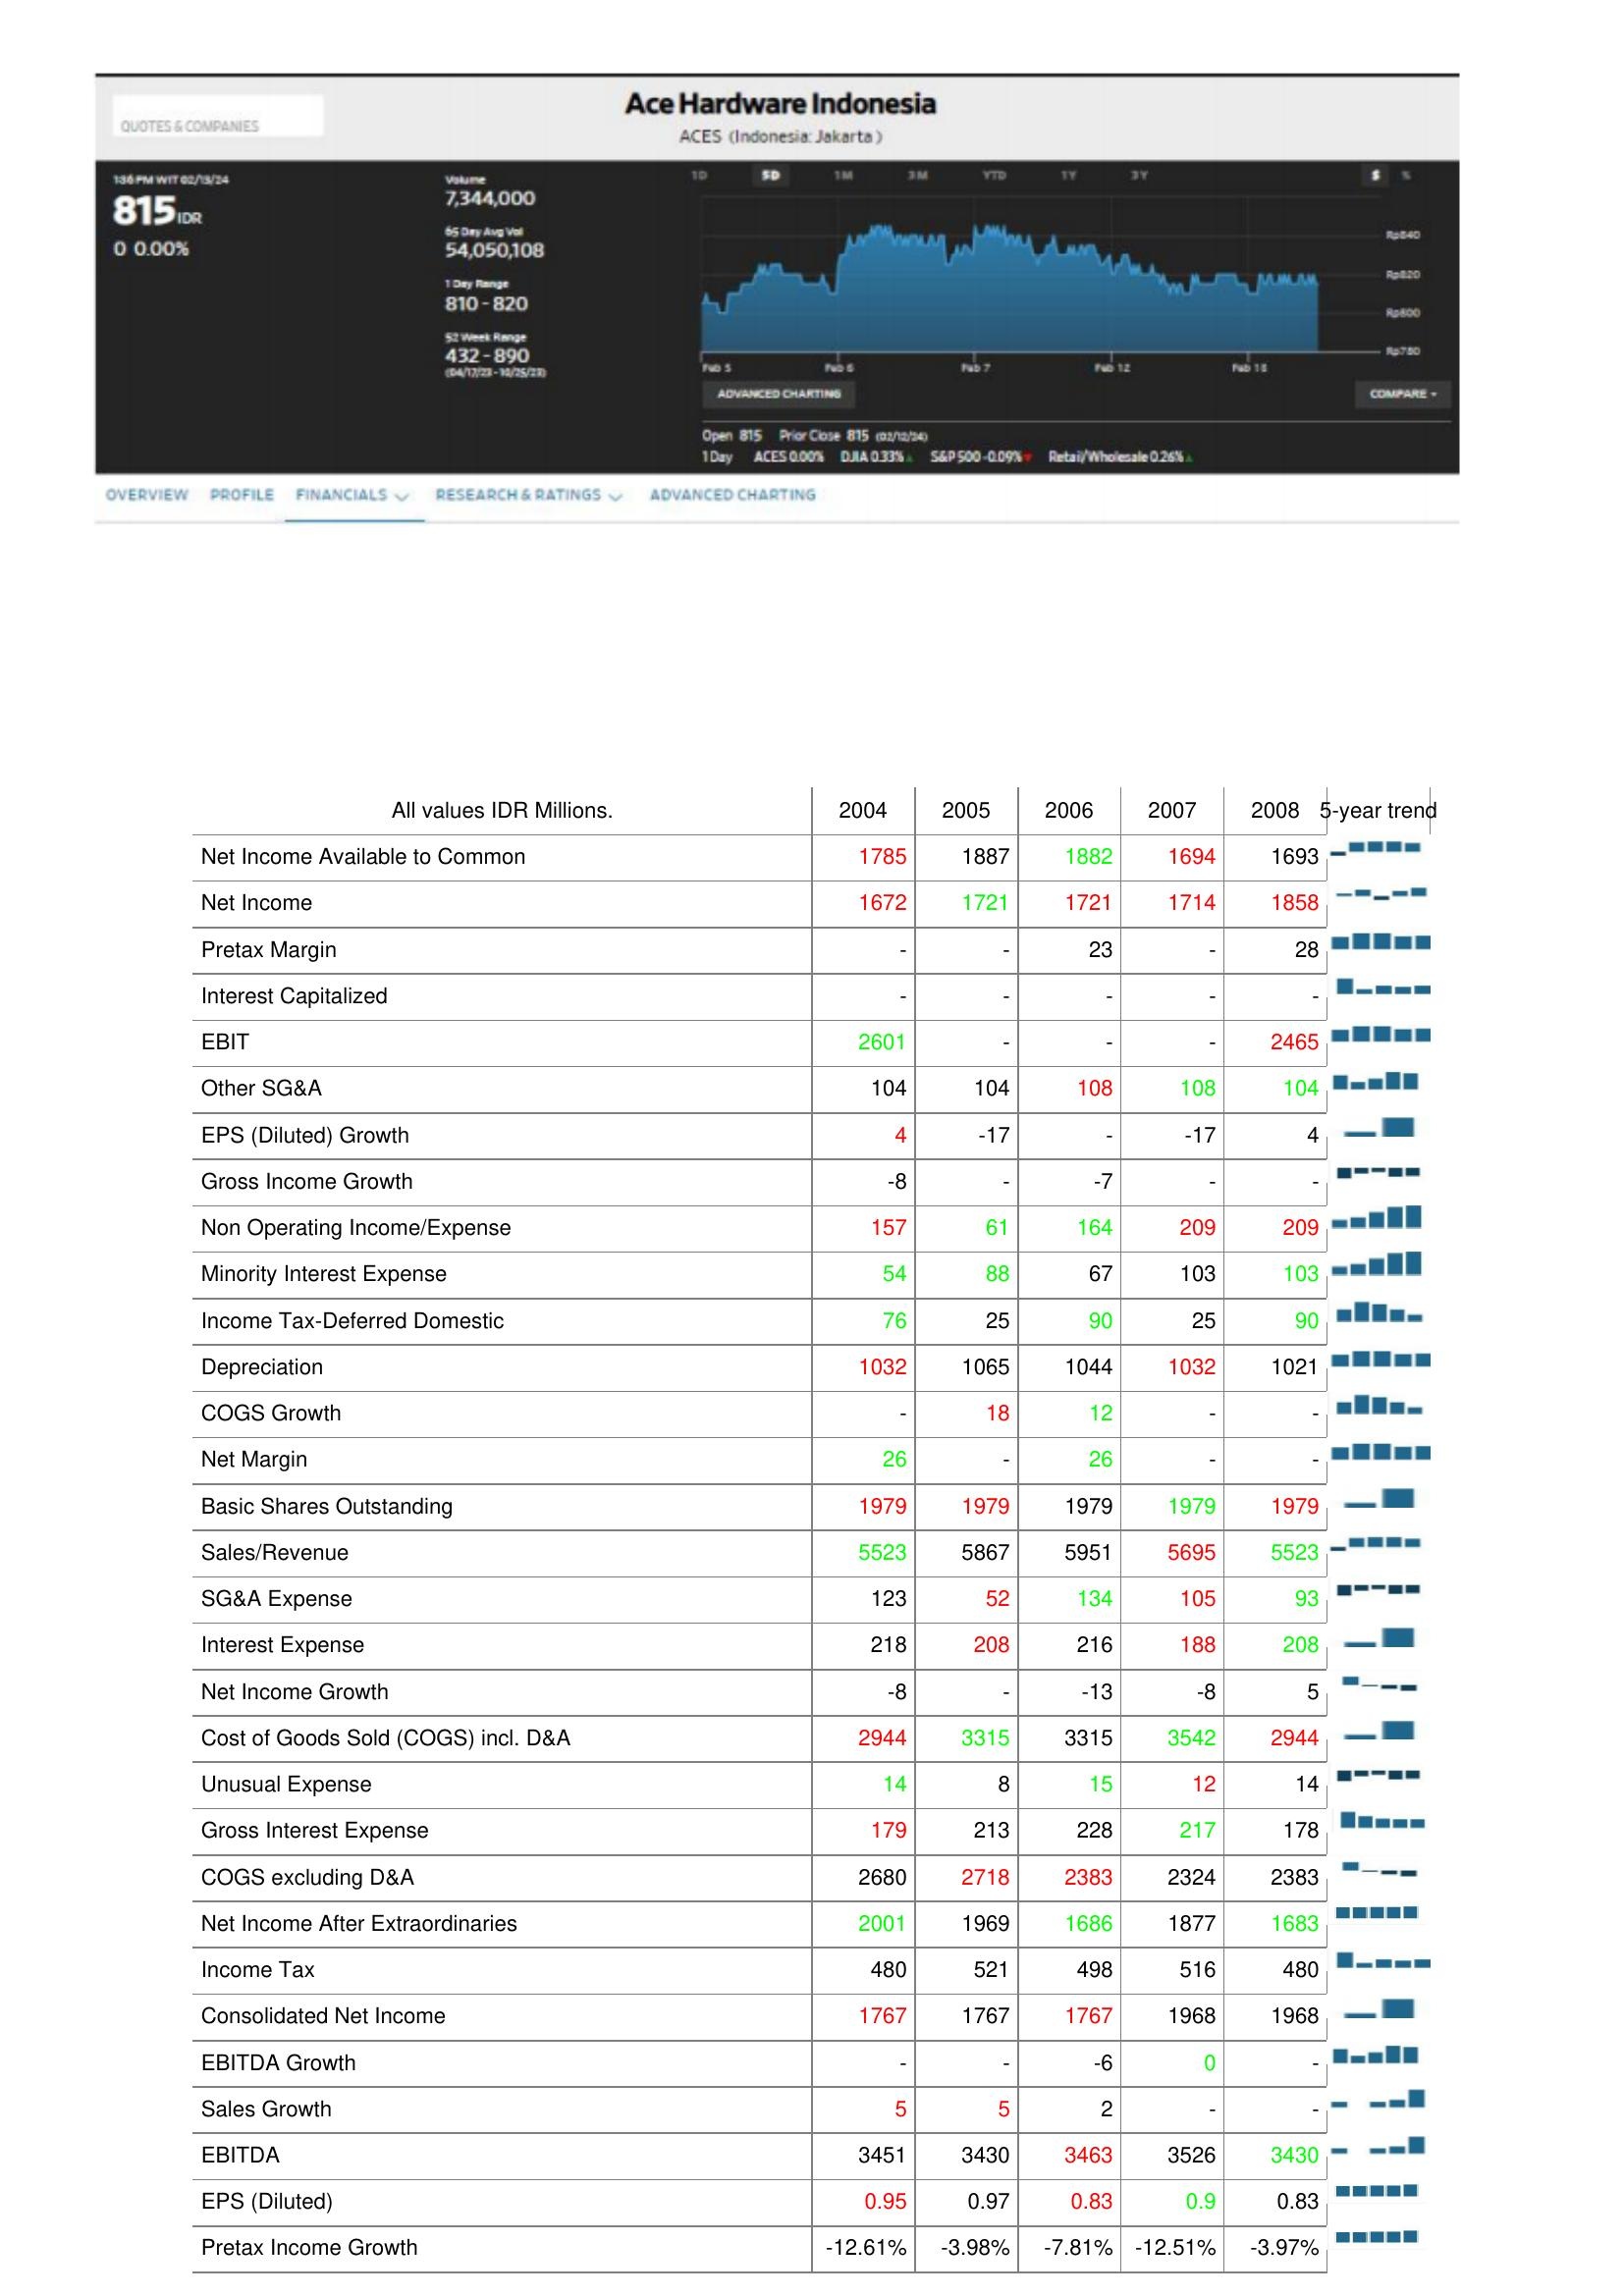
2004: : Net Income Available to Common: 1785
Net Income: 1672
Pretax Margin: -
Interest Capitalized: -
EBIT: 2601
Other SG&A: 104
EPS (Diluted) Growth: 4
Gross Income Growth: -8
Non Operating Income/Expense: 157
Minority Interest Expense: 54
Income Tax-Deferred Domestic: 76
Depreciation: 1032
COGS Growth: -
Net Margin: 26
Basic Shares Outstanding: 1979
Sales/Revenue: 5523
SG&A Expense: 123
Interest Expense: 218
Net Income Growth: -8
Cost of Goods Sold (COGS) incl. D&A: 2944
Unusual Expense: 14
Gross Interest Expense: 179
COGS excluding D&A: 2680
Net Income After Extraordinaries: 2001
Income Tax: 480
Consolidated Net Income: 1767
EBITDA Growth: -
Sales Growth: 5
EBITDA: 3451
EPS (Diluted): 0.95
Pretax Income Growth: -12.61%
2005: : Net Income Available to Common: 1887
Net Income: 1721
Pretax Margin: -
Interest Capitalized: -
EBIT: -
Other SG&A: 104
EPS (Diluted) Growth: -17
Gross Income Growth: -
Non Operating Income/Expense: 61
Minority Interest Expense: 88
Income Tax-Deferred Domestic: 25
Depreciation: 1065
COGS Growth: 18
Net Margin: -
Basic Shares Outstanding: 1979
Sales/Revenue: 5867
SG&A Expense: 52
Interest Expense: 208
Net Income Growth: -
Cost of Goods Sold (COGS) incl. D&A: 3315
Unusual Expense: 8
Gross Interest Expense: 213
COGS excluding D&A: 2718
Net Income After Extraordinaries: 1969
Income Tax: 521
Consolidated Net Income: 1767
EBITDA Growth: -
Sales Growth: 5
EBITDA: 3430
EPS (Diluted): 0.97
Pretax Income Growth: -3.98%
2006: : Net Income Available to Common: 1882
Net Income: 1721
Pretax Margin: 23
Interest Capitalized: -
EBIT: -
Other SG&A: 108
EPS (Diluted) Growth: -
Gross Income Growth: -7
Non Operating Income/Expense: 164
Minority Interest Expense: 67
Income Tax-Deferred Domestic: 90
Depreciation: 1044
COGS Growth: 12
Net Margin: 26
Basic Shares Outstanding: 1979
Sales/Revenue: 5951
SG&A Expense: 134
Interest Expense: 216
Net Income Growth: -13
Cost of Goods Sold (COGS) incl. D&A: 3315
Unusual Expense: 15
Gross Interest Expense: 228
COGS excluding D&A: 2383
Net Income After Extraordinaries: 1686
Income Tax: 498
Consolidated Net Income: 1767
EBITDA Growth: -6
Sales Growth: 2
EBITDA: 3463
EPS (Diluted): 0.83
Pretax Income Growth: -7.81%
2007: : Net Income Available to Common: 1694
Net Income: 1714
Pretax Margin: -
Interest Capitalized: -
EBIT: -
Other SG&A: 108
EPS (Diluted) Growth: -17
Gross Income Growth: -
Non Operating Income/Expense: 209
Minority Interest Expense: 103
Income Tax-Deferred Domestic: 25
Depreciation: 1032
COGS Growth: -
Net Margin: -
Basic Shares Outstanding: 1979
Sales/Revenue: 5695
SG&A Expense: 105
Interest Expense: 188
Net Income Growth: -8
Cost of Goods Sold (COGS) incl. D&A: 3542
Unusual Expense: 12
Gross Interest Expense: 217
COGS excluding D&A: 2324
Net Income After Extraordinaries: 1877
Income Tax: 516
Consolidated Net Income: 1968
EBITDA Growth: 0
Sales Growth: -
EBITDA: 3526
EPS (Diluted): 0.9
Pretax Income Growth: -12.51%
2008: : Net Income Available to Common: 1693
Net Income: 1858
Pretax Margin: 28
Interest Capitalized: -
EBIT: 2465
Other SG&A: 104
EPS (Diluted) Growth: 4
Gross Income Growth: -
Non Operating Income/Expense: 209
Minority Interest Expense: 103
Income Tax-Deferred Domestic: 90
Depreciation: 1021
COGS Growth: -
Net Margin: -
Basic Shares Outstanding: 1979
Sales/Revenue: 5523
SG&A Expense: 93
Interest Expense: 208
Net Income Growth: 5
Cost of Goods Sold (COGS) incl. D&A: 2944
Unusual Expense: 14
Gross Interest Expense: 178
COGS excluding D&A: 2383
Net Income After Extraordinaries: 1683
Income Tax: 480
Consolidated Net Income: 1968
EBITDA Growth: -
Sales Growth: -
EBITDA: 3430
EPS (Diluted): 0.83
Pretax Income Growth: -3.97%